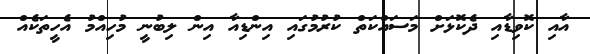
އާއި ކޮވިޑާއި ދެކޮޅަށް މަސައްކަތް ކުރުމުގައި އިންޑިއާ އިން ލިބުނީ މުހިއްމު އެހީތަކެއް